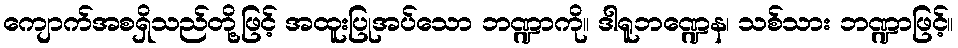
ကျောက်အစရှိသည်တို့ဖြင့် အထူးပြုအပ်သော ဘဏ္ဍာကို။ ဒါရူဘဏ္ဍေန၊ သစ်သား ဘဏ္ဍာဖြင့်။